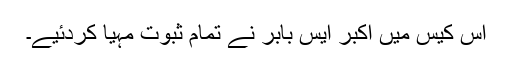
اس کیس میں اکبر ایس بابر نے تمام ثبوت مہیا کردئیے۔